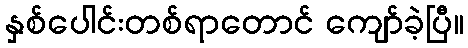
နှစ်ပေါင်းတစ်ရာတောင် ကျော်ခဲ့ပြီ။